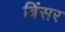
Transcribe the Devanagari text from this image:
बिंसर